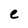
Character: e